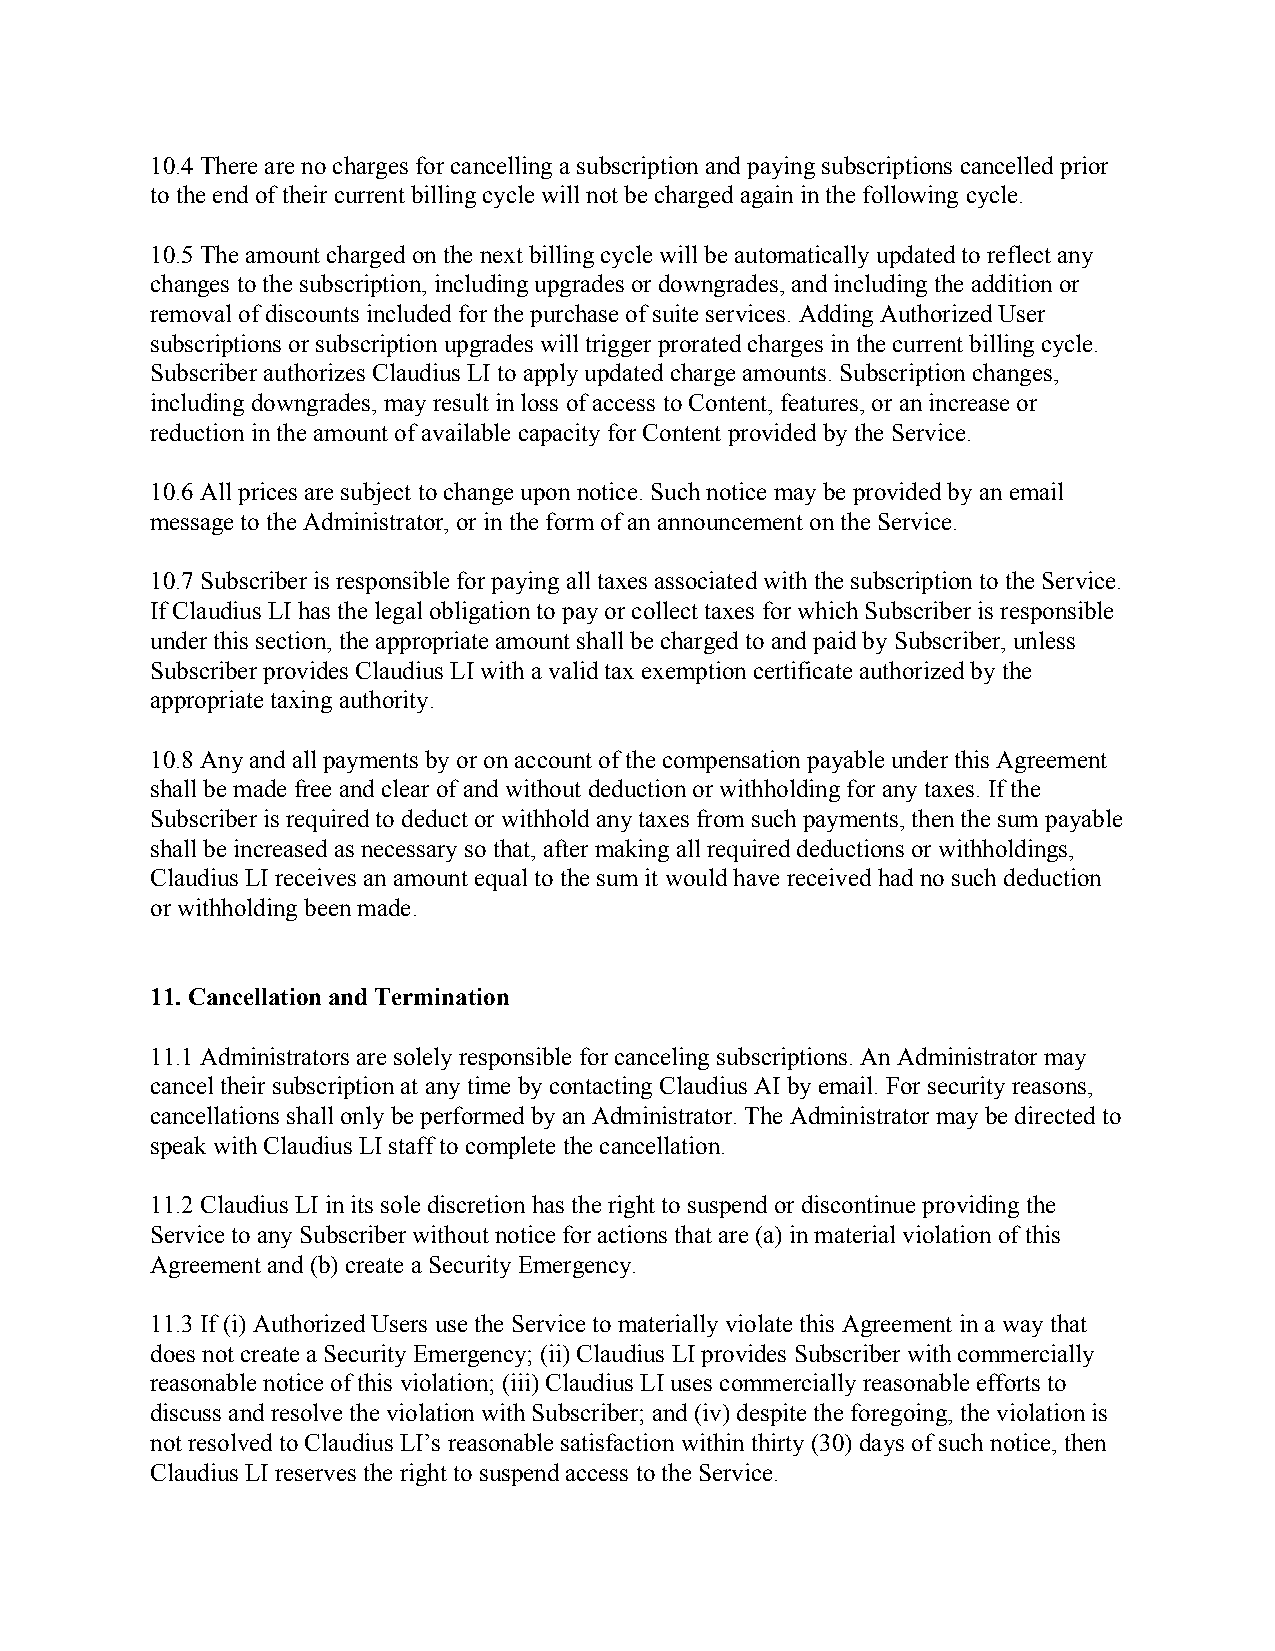
10.4 There are no charges for cancelling a subscription and paying subscriptions cancelled prior
 to the end of their current billing cycle will not be charged again in the following cycle.
 10.5 The amount charged on the next billing cycle will be automatically updated to reflect any
 changes to the subscription, including upgrades or downgrades, and including the addition or
 removal of discounts included for the purchase of suite services. Adding Authorized User
 subscriptions or subscription upgrades will trigger prorated charges in the current billing cycle.
 Subscriber authorizes Claudius LI to apply updated charge amounts. Subscription changes,
 including downgrades, may result in loss of access to Content, features, or an increase or
 reduction in the amount of available capacity for Content provided by the Service.
 10.6 All prices are subject to change upon notice. Such notice may be provided by an email
 message to the Administrator, or in the form of an announcement on the Service.
 10.7 Subscriber is responsible for paying all taxes associated with the subscription to the Service.
 If Claudius LI has the legal obligation to pay or collect taxes for which Subscriber is responsible
 under this section, the appropriate amount shall be charged to and paid by Subscriber, unless
 Subscriber provides Claudius LI with a valid tax exemption certificate authorized by the
 appropriate taxing authority.
 10.8 Any and all payments by or on account of the compensation payable under this Agreement
 shall be made free and clear of and without deduction or withholding for any taxes. If the
 Subscriber is required to deduct or withhold any taxes from such payments, then the sum payable
 shall be increased as necessary so that, after making all required deductions or withholdings,
 Claudius LI receives an amount equal to the sum it would have received had no such deduction
 or withholding been made.
 11. Cancellation and Termination
 11.1 Administrators are solely responsible for canceling subscriptions. An Administrator may
 cancel their subscription at any time by contacting Claudius AI by email. For security reasons,
 cancellations shall only be performed by an Administrator. The Administrator may be directed to
 speak with Claudius LI staff to complete the cancellation.
 11.2 Claudius LI in its sole discretion has the right to suspend or discontinue providing the
 Service to any Subscriber without notice for actions that are (a) in material violation of this
 Agreement and (b) create a Security Emergency.
 11.3 If (i) Authorized Users use the Service to materially violate this Agreement in a way that
 does not create a Security Emergency; (ii) Claudius LI provides Subscriber with commercially
 reasonable notice of this violation; (iii) Claudius LI uses commercially reasonable efforts to
 discuss and resolve the violation with Subscriber; and (iv) despite the foregoing, the violation is
 not resolved to Claudius LI’s reasonable satisfaction within thirty (30) days of such notice, then
 Claudius LI reserves the right to suspend access to the Service.